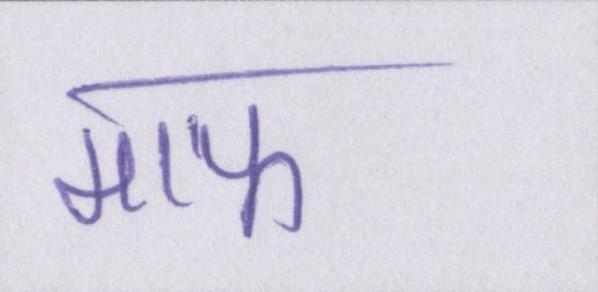
माफ